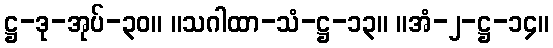
ဋ္ဌ-ဒု-အုပ်-၃၀။ ။သဂါထာ-သံ-ဋ္ဌ-၁၃။ ။အံ-၂-ဋ္ဌ-၁၄။